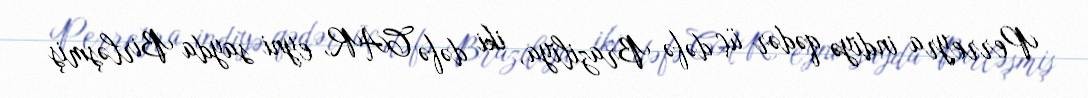
Perreyra indiyə qədər üç dəfə Braziliya, iki dəfə CAR, eyni sayda Birləşmiş